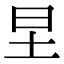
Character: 圼